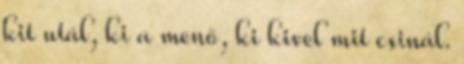
kit utál, ki a menő, ki kivel mit csinál.